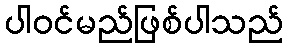
ပါဝင်မည်ဖြစ်ပါသည်